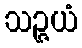
သဉ္ဇယံ